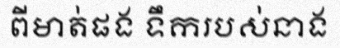
ពីមាត់ផង ទឹករបស់នាង